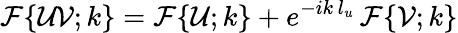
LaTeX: \mathcal{F}\{ \mathcal{UV};k\} =\mathcal{F}\{ \mathcal{U};k\} +e^{-ik\, l_{u}}\, \mathcal{F}\{ \mathcal{V};k\}